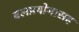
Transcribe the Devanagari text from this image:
बलप्रयोगासह